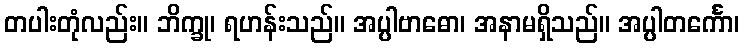
တပါးတုံလည်း။ ဘိက္ခု၊ ရဟန်းသည်။ အပ္ပါဗာဓော၊ အနာမရှိသည်။ အပ္ပါတင်္ကော၊